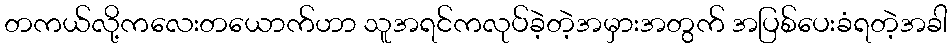
တကယ်လို့ကလေးတယောက်ဟာ သူအရင်ကလုပ်ခဲ့တဲ့အမှားအတွက် အပြစ်ပေးခံရတဲ့အခါ